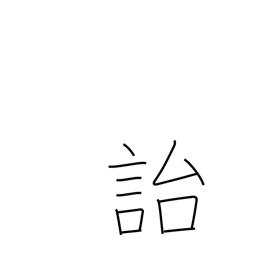
Meaning: leave behind